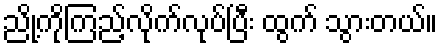
ညို့ကိုကြည့်လိုက်လုပ်ပြီး ထွက် သွားတယ်။